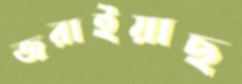
জরাইয়াছ